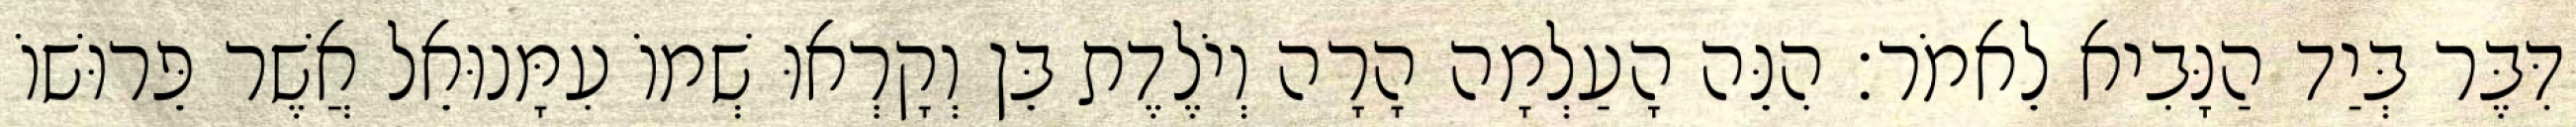
דִּבֶּר בְּיַד הַנָּבִיא לֵאמֹר׃ הִנֵּה הָעַלְמָה הָרָה וְיֹלֶדֶת בֵּן וְקָרְאוּ שְׁמוֹ עִמָּנוּאֵל אֲשֶׁר פֵּרוּשׁוֹ